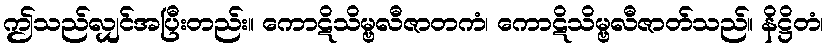
ဤသည်လျှင်အပြီးတည်း။ ကောဋိသိမ္ဗလီဇာတကံ၊ ကောဋိသိမ္ဗလီဇာတ်သည်။ နိဋ္ဌိတံ၊